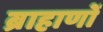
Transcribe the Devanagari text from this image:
ब्राहाणों